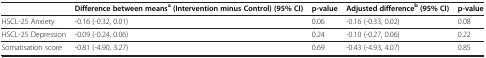
<table><thead><tr><td><b> </b></td><td><b>Difference between means<sup>a</sup>(Intervention minus Control) (95% CI)</b></td><td><b>p-value</b></td><td><b>Adjusted difference<sup>b</sup>(95% CI)</b></td><td><b>p-value</b></td></tr></thead><tbody><tr><td>HSCL-25 Anxiety</td><td>-0.16 (-0.32, 0.01)</td><td>0.06</td><td>-0.16 (-0.33, 0.02)</td><td>0.08</td></tr><tr><td>HSCL-25 Depression</td><td>-0.09 (-0.24, 0.06)</td><td>0.24</td><td>-0.10 (-0.27, 0.06)</td><td>0.22</td></tr><tr><td>Somatisation score</td><td>-0.81 (-4.90, 3.27)</td><td>0.69</td><td>-0.43 (-4.93, 4.07)</td><td>0.85</td></tr></tbody></table>